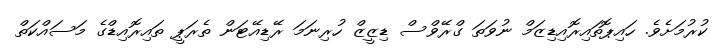
ކުރުމަށެވެ. ހައިޕޮތައިރޮއިޑިޒަމް ނުވަތަ ގްރޭވްސް ޑިޒީޒް ހުރިނަމަ ރޭޑިއޭޓަން ތެރަޕީ ތައިރޮއިޑްގެ މަސައްކަތް